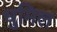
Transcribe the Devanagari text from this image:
धुमिल